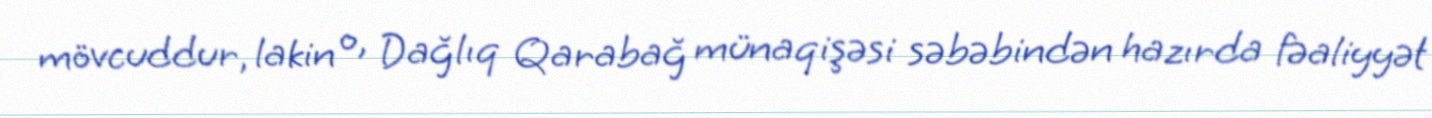
mövcuddur, lakin o, Dağlıq Qarabağ münaqişəsi səbəbindən hazırda fəaliyyət